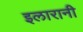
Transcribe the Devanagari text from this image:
इलारानी